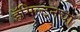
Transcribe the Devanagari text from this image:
हॅमिल्टनचा